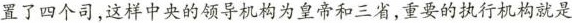
置了四个司，这样中央的领导机构为皇帝和三省，重要的执行机构就是